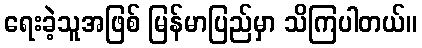
ရေးခဲ့သူအဖြစ် မြန်မာပြည်မှာ သိကြပါတယ်။